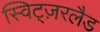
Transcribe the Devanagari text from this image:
स्विट्ज़रलैड